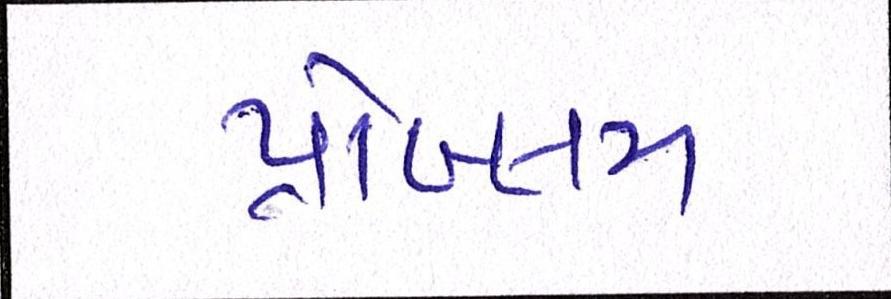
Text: પ્રૉબ્લમ